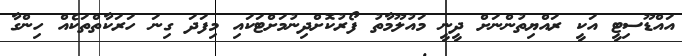
އައްޑޫސިޓީ އަކީ ރައްޔިތުންނަށް ދީނީ މައުލޫމާތު ފޯރުކޮށްދިނުމަށްޓަކައި މިފަދަ ގިނަ ހަރަކާތްތަކެއް ހިންގާ